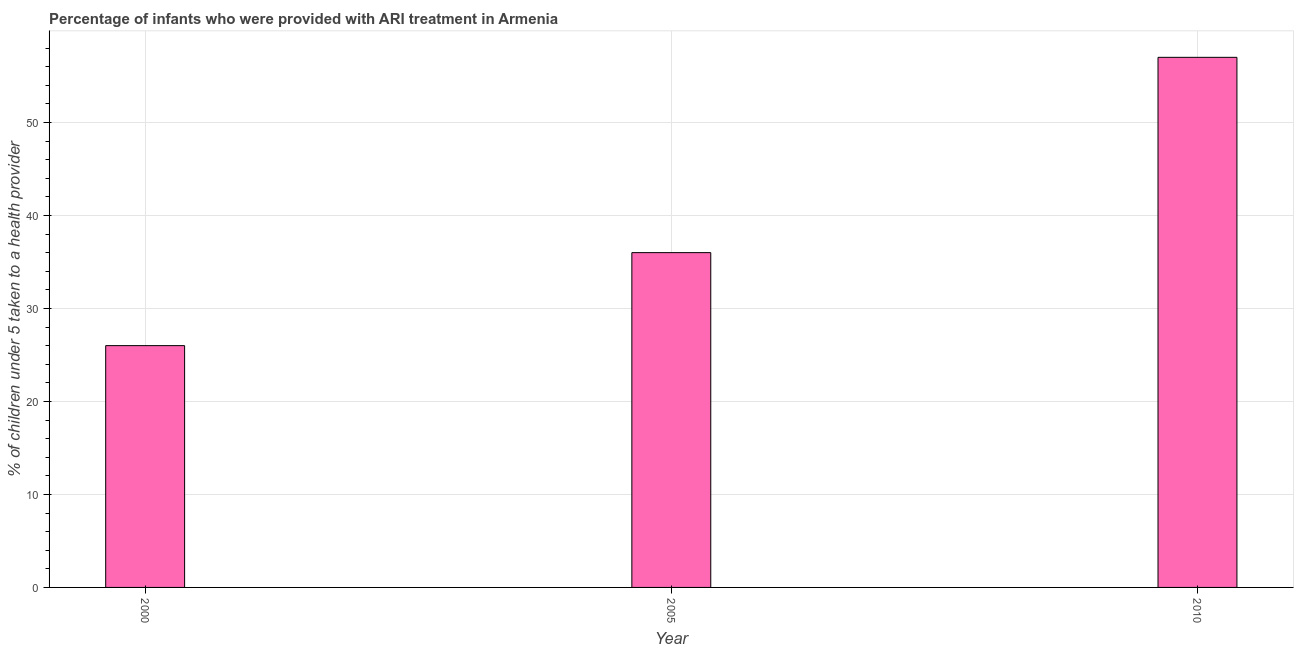
| Year | ARI treatment |
 | --- | --- |
 | 2000 | 26 |
 | 2005 | 36 |
 | 2010 | 57 |